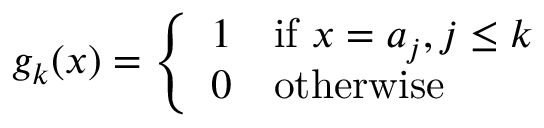
g _ { k } ( x ) = \left\{ { \begin{array} { l l } { 1 } & { { \mathrm { i f ~ } } x = a _ { j } , j \leq k } \\ { 0 } & { { \mathrm { o t h e r w i s e } } } \end{array} } \right.